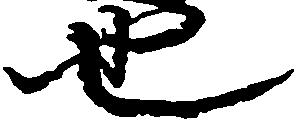
也